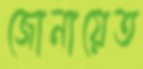
জোনায়েত